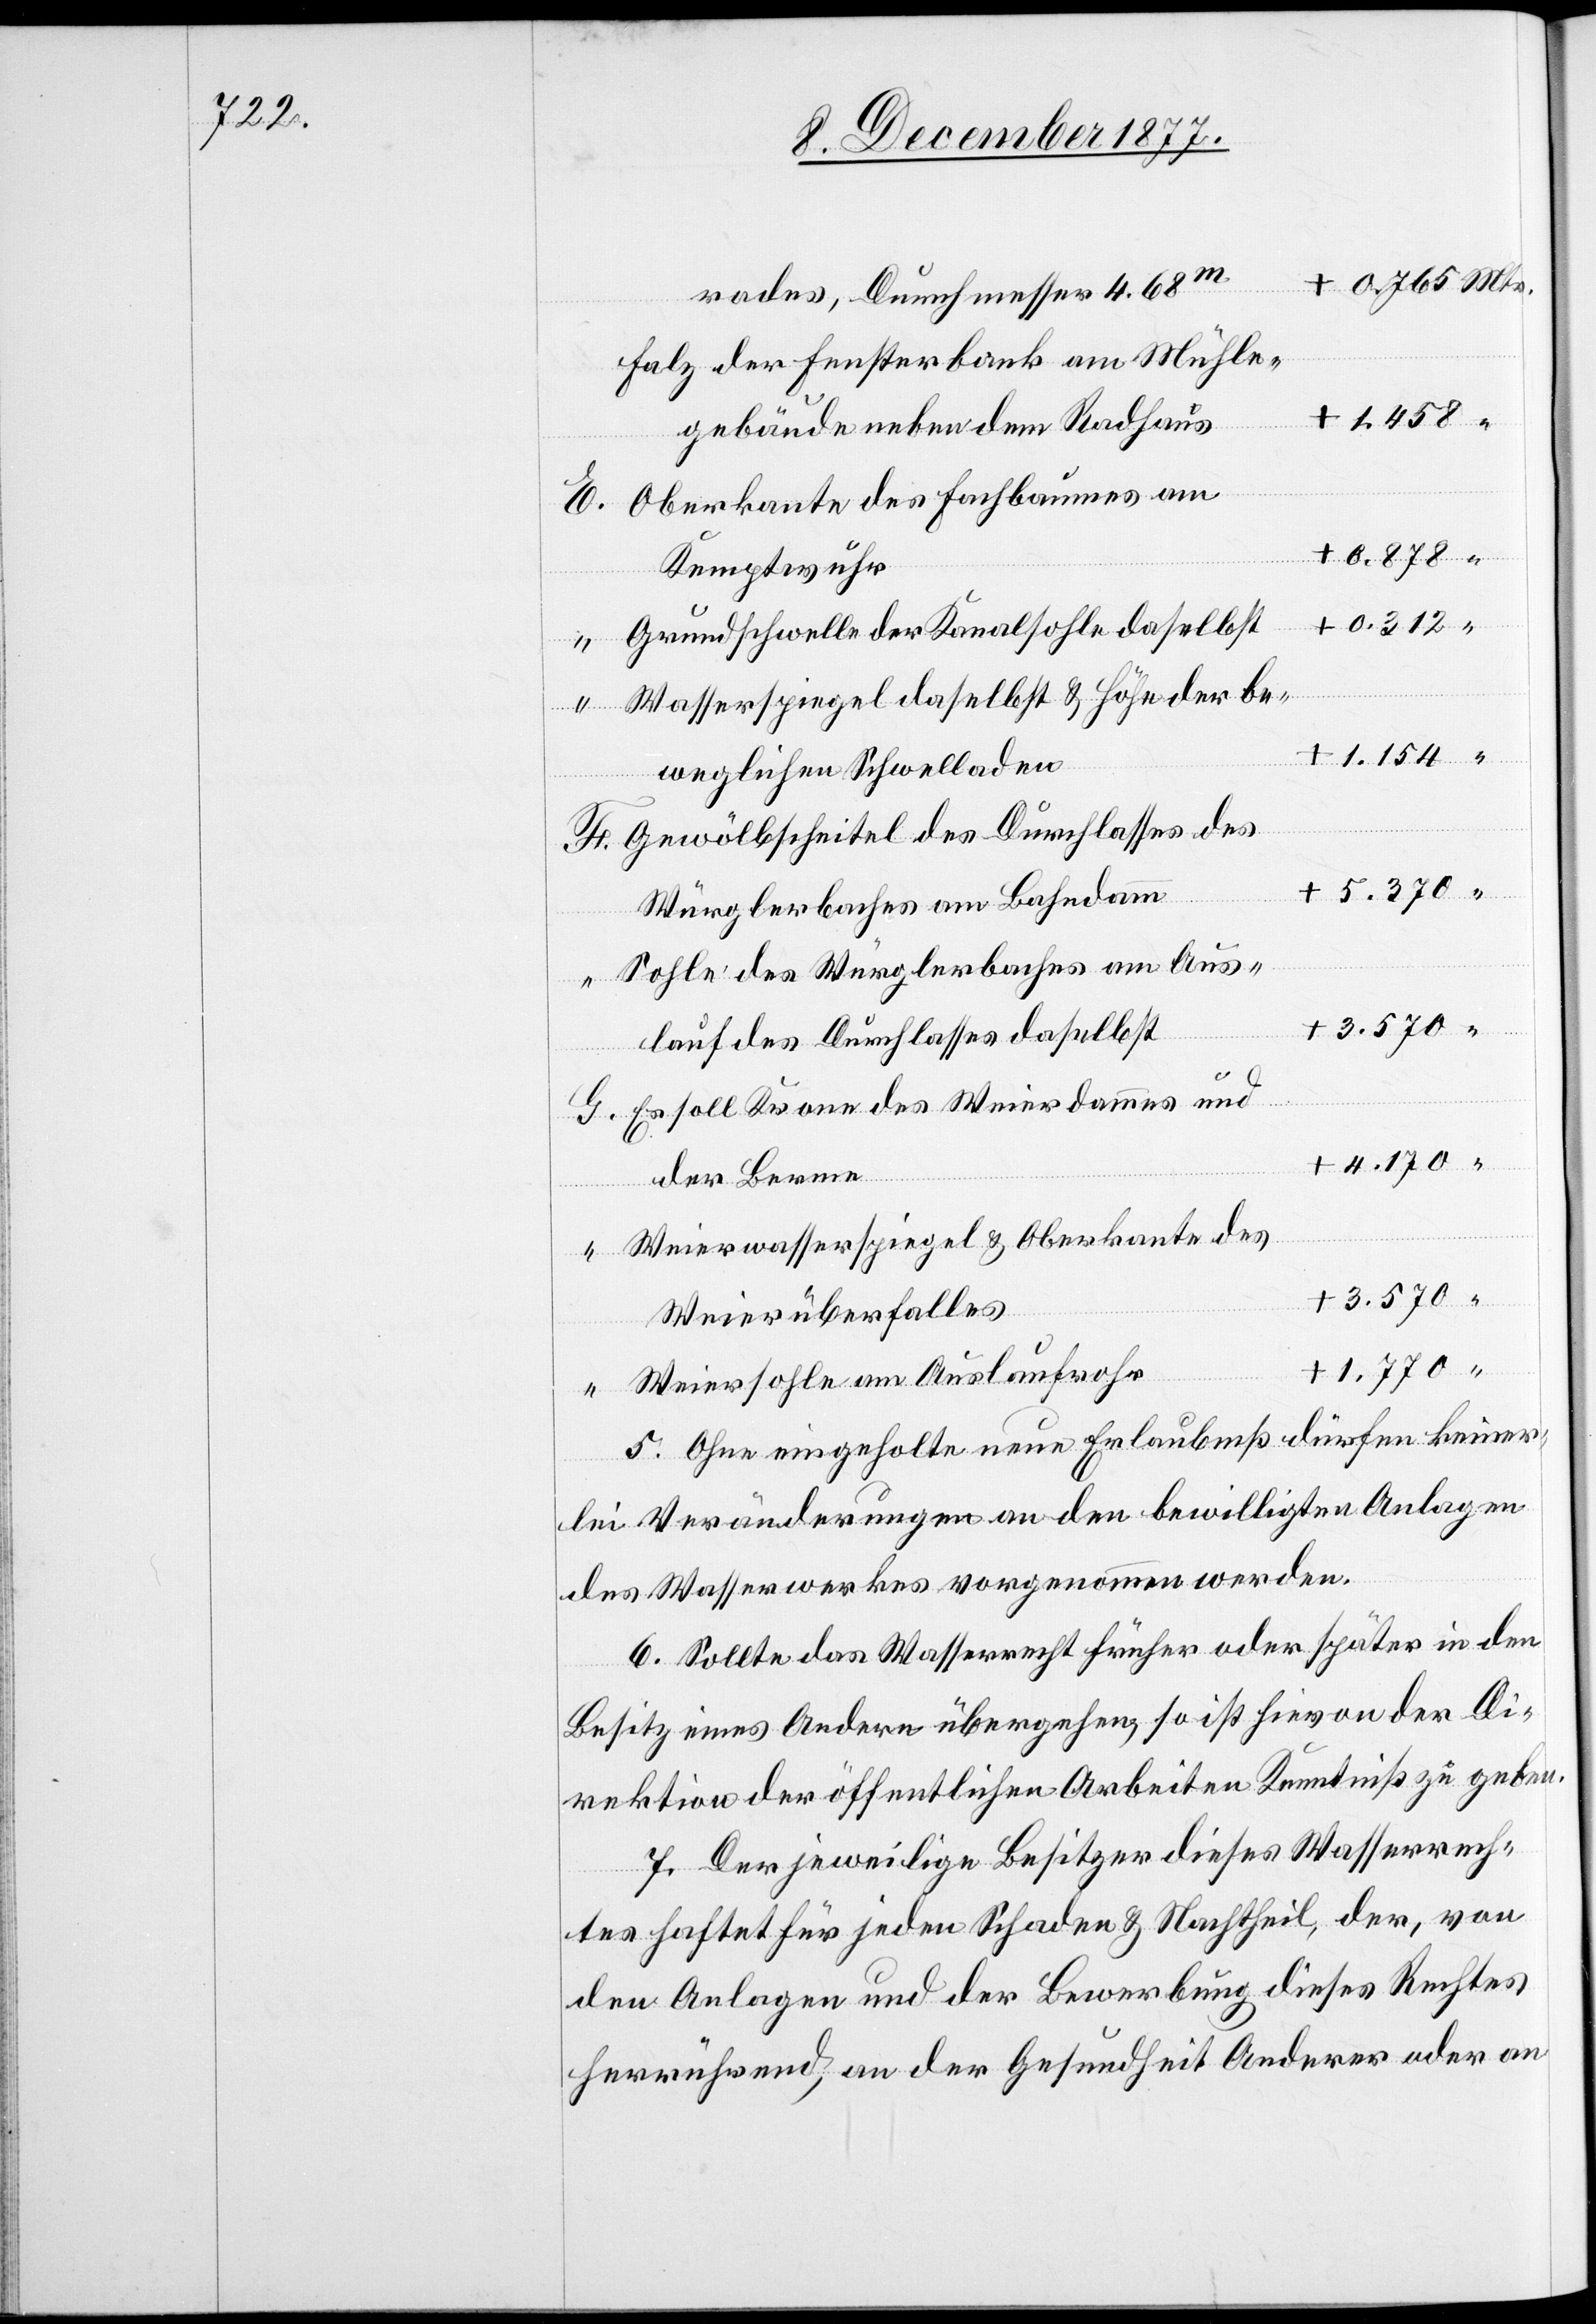
+ 0.765 Mtr.
rades, Durchmesser 4.68m
Falz der Fensterbank am Mühle¬
+ 1.458 “
“
gebäude neben dem Radhaus
Oberkante des Fachbaumes am
+ 0.878 “
Kemptwuhr
+ 0.312 “
Grundschwelle der Kanalsohle daselbst
Wasserspiegel daselbst & Höhe der be¬
+ 1.154 “
weglichen Schwelladen
Gewölbscheitel des Durchlasses des
+ 5.370 “
Würglerbaches am Bahndamm
Sohle des Würglerbaches am Aus¬
+
lauf des Durchlasses daselbst
Es soll Krone des Weierdammes und
4.170 “
der Berme
Weierwasserspiegel & Oberkante des
+ 3.570
Weierüberfalles
1.770
Weiersohle am Auslaufrohr
+
5. Ohne eingeholte neue Erlaubniß dürfen keiner¬
lei Veränderungen an den bewilligten Anlagen
des Wasserwerkes vorgenommen werden.
6. Sollte das Wasserrecht früher oder später in den
Besitz eines Andern übergehen, so ist hievon der Di¬
rektion der öffentlichen Arbeiten Kenntniß zu geben.
7. Der jeweilige Besitzer dieses Wasserrech¬
tes haftet für jeden Schaden & Nachtheil, der, von
den Anlagen und der Bewerbung dieses Rechtes
herrührend, an der Gesundheit Anderer oder an